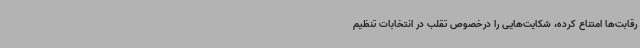
رقابت‌ها امتناع کرده، شکایت‌هایی را درخصوص تقلب در انتخابات تنظیم